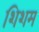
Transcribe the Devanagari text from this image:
शिशम